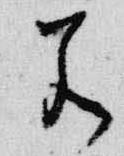
若